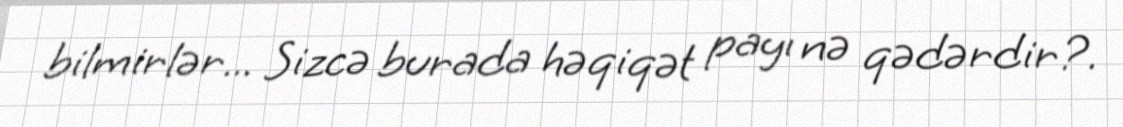
bilmirlər... Sizcə burada həqiqət payı nə qədərdir?.